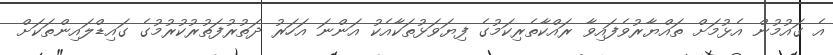
އެ ގައުމުން އެޅުމަށް ތައްޔާރުވެފައިވާ ރައްކާތެރިކަމުގެ ފިޔަވަޅުތަކާއެކު އަންނަ އަހަރު ދަތުރުފަތުރުކުރުމުގެ ގައިޑްލައިންތަކަށް